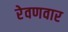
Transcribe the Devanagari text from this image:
रेवणवार